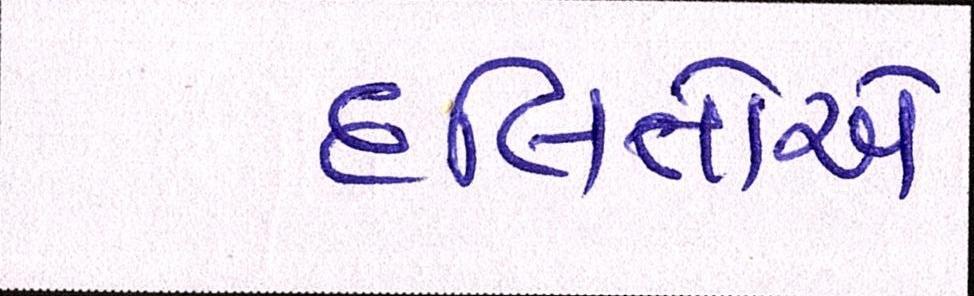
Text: દલિતોએ